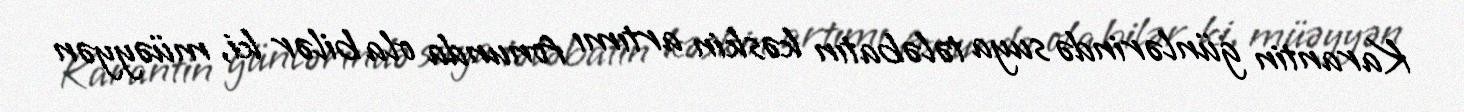
Karantin günlərində suya tələbatın kəskin artımı fonunda ola bilər ki, müəyyən